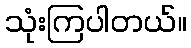
သုံးကြပါတယ်။